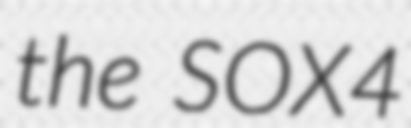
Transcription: the SOX4